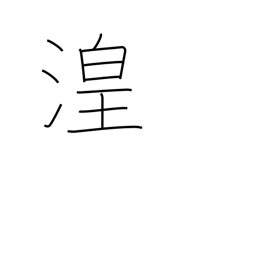
Meaning: wetland